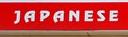
japanese